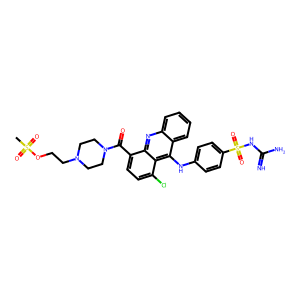
SMILES: CS(=O)(=O)OCCN1CCN(C(=O)c2ccc(Cl)c3c(Nc4ccc(S(=O)(=O)NC(=N)N)cc4)c4ccccc4nc23)CC1
Inhibits HIV replication: No